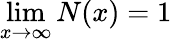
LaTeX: \operatorname*{lim}_{x\to\infty}N(x)=1